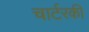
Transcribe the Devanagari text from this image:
चार्टरकी